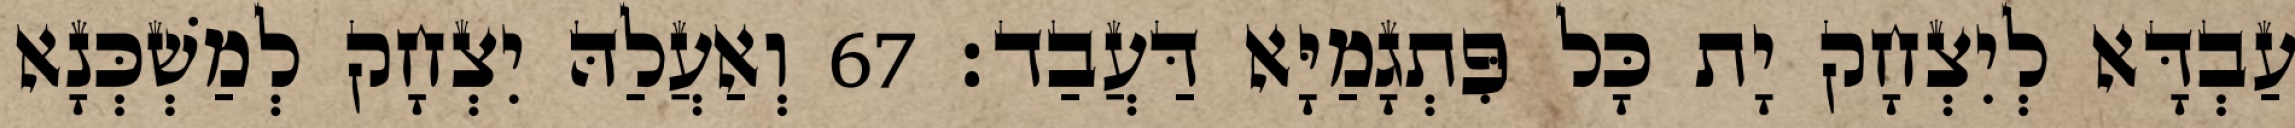
עַבְדָּא לְיִצְחָק יָת כָּל פִּתְגָמַיָּא דַּעֲבַד׃ 67 וְאַעֲלַהּ יִצְחָק לְמַשְׁכְּנָא